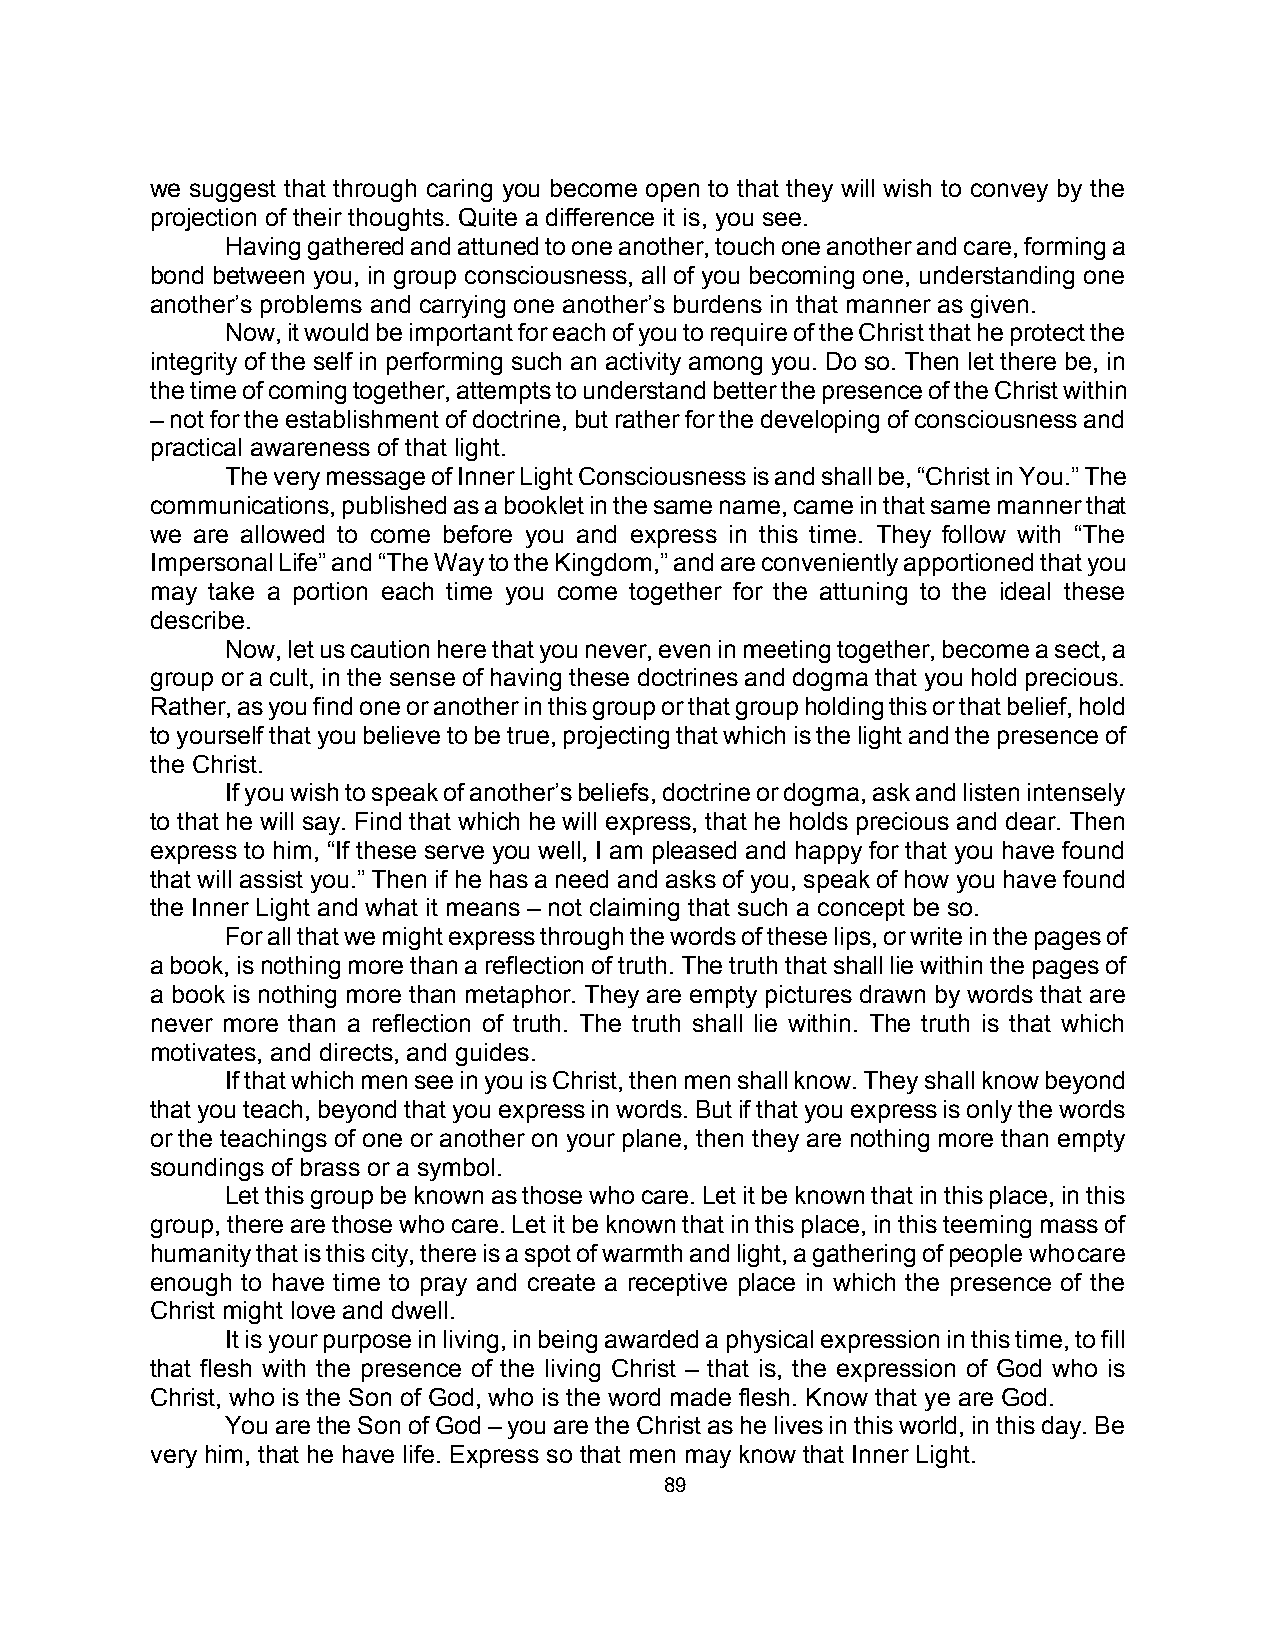
we suggest that through caring you become open to that they will wish to convey by the
 projection of their thoughts. Quite a difference it is, you see.
 Having gathered and attuned to one another, touch one another and care, forming a
 bond between you, in group consciousness, all of you becoming one, understanding one
 another’s problems and carrying one another’s burdens in that manner as given.
 Now, it would be important for each of you to require of the Christ that he protect the
 integrity of the self in performing such an activity among you. Do so. Then let there be, in
 the time of coming together, attempts to understand better the presence of the Christ within
 – not for the establishment of doctrine, but rather for the developing of consciousness and
 practical awareness of that light.
 The very message of Inner Light Consciousness is and shall be, “Christ in You.” The
 communications, published as a booklet in the same name, came in that same manner that
 we are allowed to come before you and express in this time. They follow with “The
 Impersonal Life” and “The Way to the Kingdom,” and are conveniently apportioned that you
 may take a portion each time you come together for the attuning to the ideal these
 describe.
 Now, let us caution here that you never, even in meeting together, become a sect, a
 group or a cult, in the sense of having these doctrines and dogma that you hold precious.
 Rather, as you find one or another in this group or that group holding this or that belief, hold
 to yourself that you believe to be true, projecting that which is the light and the presence of
 the Christ.
 If you wish to speak of another’s beliefs, doctrine or dogma, ask and listen intensely
 to that he will say. Find that which he will express, that he holds precious and dear. Then
 express to him, “If these serve you well, I am pleased and happy for that you have found
 that will assist you.” Then if he has a need and asks of you, speak of how you have found
 the Inner Light and what it means – not claiming that such a concept be so.
 For all that we might express through the words of these lips, or write in the pages of
 a book, is nothing more than a reflection of truth. The truth that shall lie within the pages of
 a book is nothing more than metaphor. They are empty pictures drawn by words that are
 never more than a reflection of truth. The truth shall lie within. The truth is that which
 motivates, and directs, and guides.
 If that which men see in you is Christ, then men shall know. They shall know beyond
 that you teach, beyond that you express in words. But if that you express is only the words
 or the teachings of one or another on your plane, then they are nothing more than empty
 soundings of brass or a symbol.
 Let this group be known as those who care. Let it be known that in this place, in this
 group, there are those who care. Let it be known that in this place, in this teeming mass of
 humanity that is this city, there is a spot of warmth and light, a gathering of people who care
 enough to have time to pray and create a receptive place in which the presence of the
 Christ might love and dwell.
 It is your purpose in living, in being awarded a physical expression in this time, to fill
 that flesh with the presence of the living Christ – that is, the expression of God who is
 Christ, who is the Son of God, who is the word made flesh. Know that ye are God.
 You are the Son of God – you are the Christ as he lives in this world, in this day. Be
 very him, that he have life. Express so that men may know that Inner Light.
 89